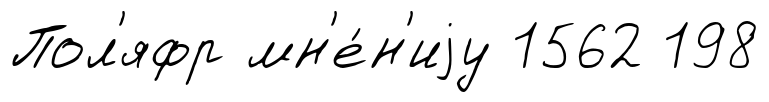
Пол'яфр мн'е́н'иjу 1562 198